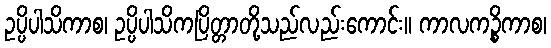
ဥပ္ပိပါသိကာစ၊ ဥပ္ပိပါသိကပြိတ္တာတို့သည်လည်းကောင်း။ ကာလကဉ္စိကာစ၊